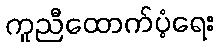
ကူညီထောက်ပံ့ရေး